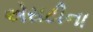
એસટીના